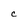
Character: C